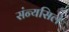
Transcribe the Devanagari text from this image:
संन्यसिले